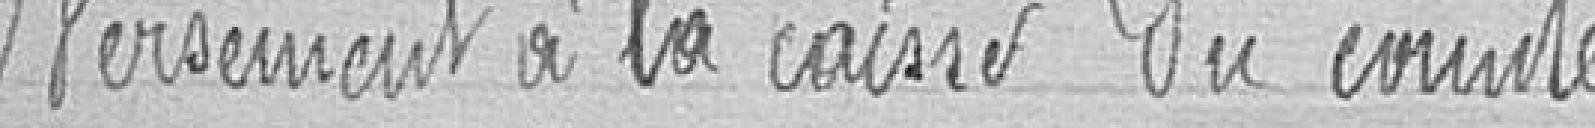
Versement à la caisse du comité